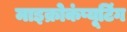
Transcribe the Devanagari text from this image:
माइक्रोकंप्यूटिंग